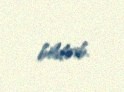
bildirib.